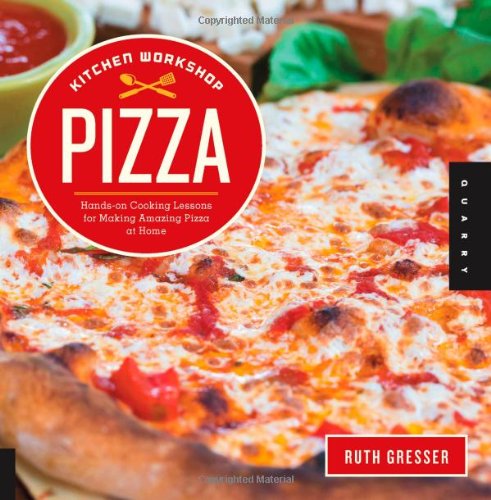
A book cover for Kitchen Workshop-Pizza: Hands-on Cooking Lessons for Making Amazing Pizza at Home; Ruth Gresser; Cookbooks, Food & Wine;